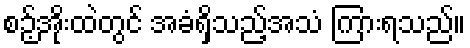
စဉ့်အိုးထဲတွင် အခံရှိသည့်အသံ ကြားရသည်။